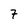
Character: 7